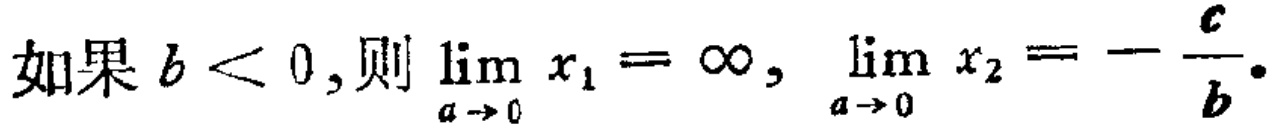
如果 \(b < 0\),则 \(\lim_{a \to 0} x_{1}= \infty\), \(\lim_{a \to 0} x_{2}=-\frac{c}{b}\).